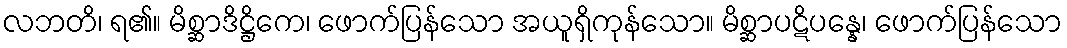
လဘတိ၊ ရ၏။ မိစ္ဆာဒိဋ္ဌိကေ၊ ဖောက်ပြန်သော အယူရှိကုန်သော။ မိစ္ဆာပဋိပန္နေ၊ ဖောက်ပြန်သော